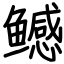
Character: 鳡